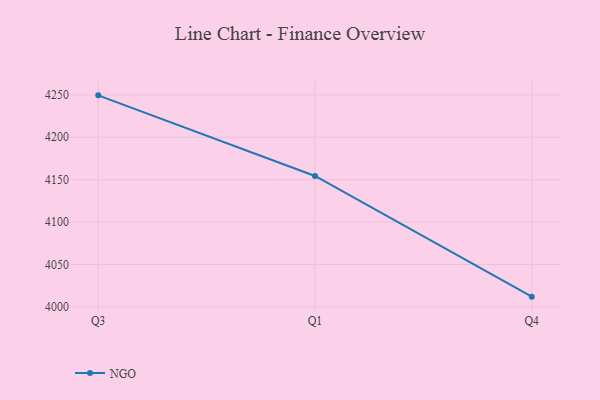
{"axis": {"x": "Quarter", "y": "Active Users"}, "legend": ["NGO"], "data": [{"x": "Q3", "y": 4249.4, "type": "NGO"}, {"x": "Q1", "y": 4154.4, "type": "NGO"}, {"x": "Q4", "y": 4012.1, "type": "NGO"}]}